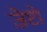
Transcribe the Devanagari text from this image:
ज़ैप्टो